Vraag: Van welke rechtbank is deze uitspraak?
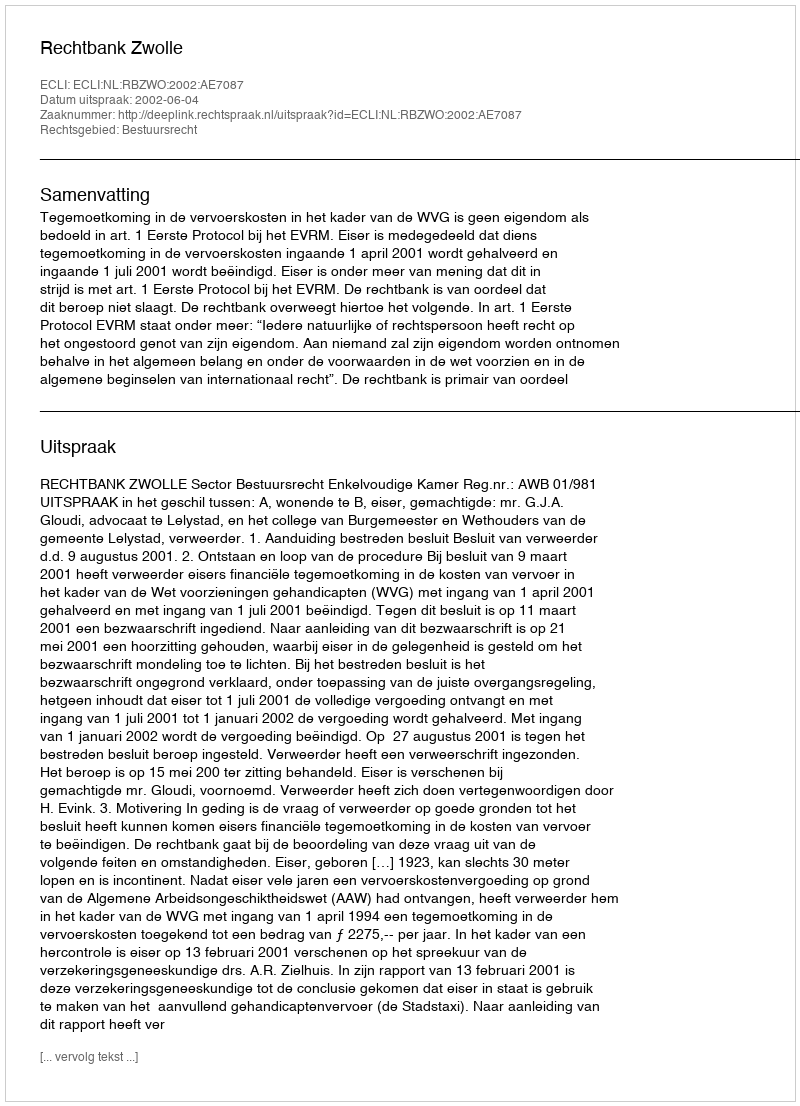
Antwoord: Rechtbank Zwolle